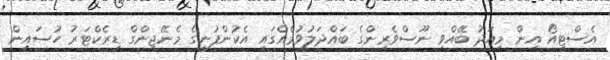
އެސްޓީއޯ އިން މިއަދު ބޭއްވި ނޫސްވެރިންގެ ބައްދަލުވުމެއްގައި އެކުންފުނީގެ މެނޭޖިންގް ޑިރެކްޓަރު ހުސައިން